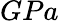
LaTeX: GPa